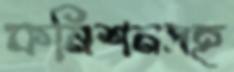
কমিশনসহ